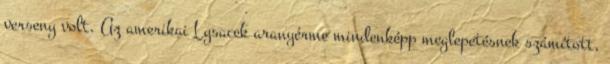
verseny volt. Az amerikai Lysacek aranyérme mindenképp meglepetésnek számított,